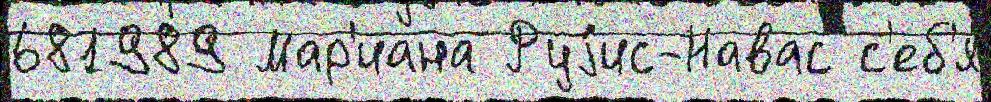
681989 Мар'иана Руjис-Навас с'еб'я́